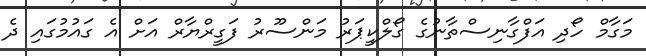
މަގާމް ހޯދި އަފްގާނިސްތާނުގެ ގޯލްކީޕަރު މަންސޫރު ފަގީރްޔާރް އަށް އެ ގައުމުގައި ދެ